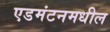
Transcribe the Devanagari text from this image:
एडमंटनमधील